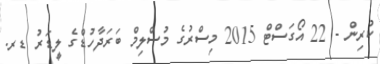
ކުރިން - 22 އޯގަސްޓް 2015 މިސްރުގެ މުސްލިމް ބަރަދާހުޑްގެ ލީޑަރު ޑރ.